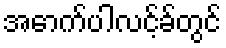
အောက်ပါလင့်ခ်တွင်